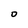
Character: O